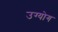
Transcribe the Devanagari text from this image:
उग्योग